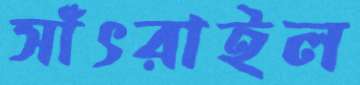
সাঁৎরাইল